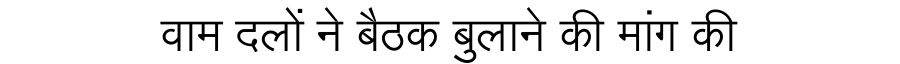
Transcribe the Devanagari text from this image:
वाम दलों ने बैठक बुलाने की मांग की